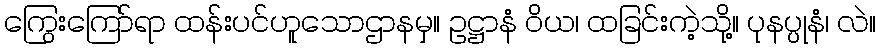
ကြွေးကြော်ရာ ထန်းပင်ဟူသောဌာနမှ။ ဥဋ္ဌာနံ ဝိယ၊ ထခြင်းကဲ့သို့။ ပုနပ္ပုနံ၊ လဲ။